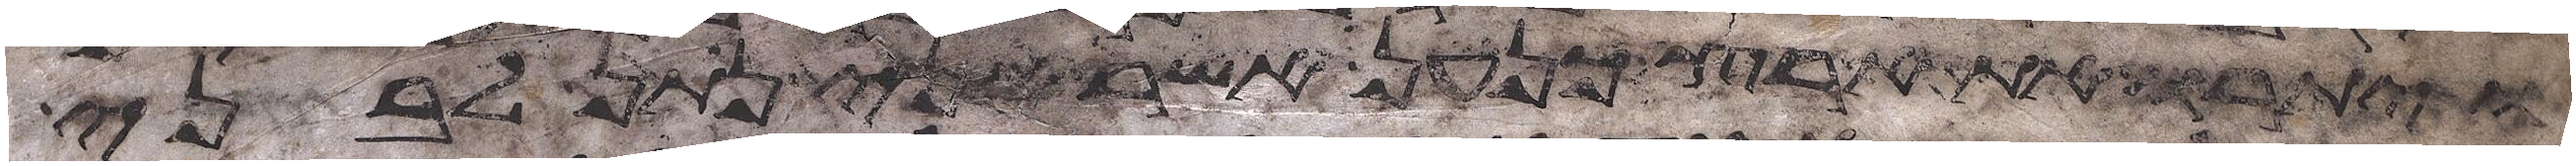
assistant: ויתורו את ארץ כנען אשר אני נתן לבני